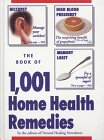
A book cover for The Book of 1,001 Home Health Remedies; FC&A; Health, Fitness & Dieting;